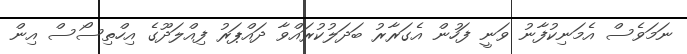
ނަމަވެސް އެމަނިކުފާނު ވަނީ ފަހުން އެގަރާރު ބަދަލުކުރައްވާ ދައްޕަރު ފިއްލަދޫގެ އިހްތިސޯސް އިން